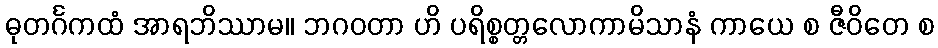
ဓုတင်္ဂကထံ အာရဘိဿာမ။ ဘဂဝတာ ဟိ ပရိစ္စတ္တလောကာမိသာနံ ကာယေ စ ဇီဝိတေ စ